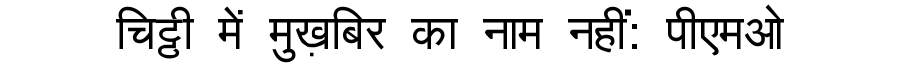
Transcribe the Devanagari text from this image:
चिट्ठी में मुख़बिर का नाम नहीं: पीएमओ